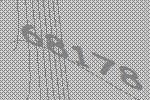
68178